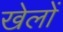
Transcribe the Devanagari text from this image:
खेलोें